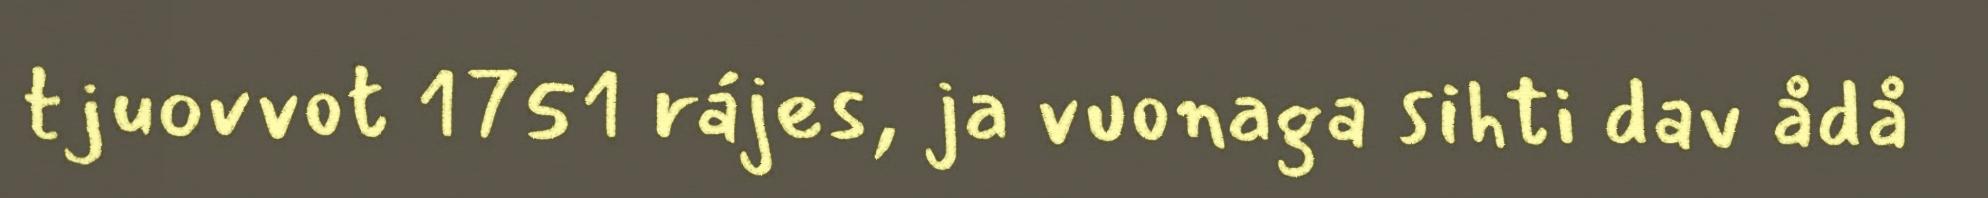
tjuovvot 1751 rájes, ja vuonaga sihti dav ådå